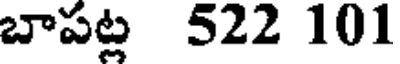
బాపట్ల 522 101